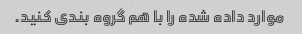
موارد داده شده را با هم گروه بندی کنید.